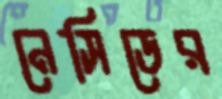
নেসিডের